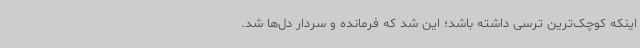
اینکه کوچک‌ترین ترسی داشته باشد؛ این شد که فرمانده و سردار دل‌ها شد.